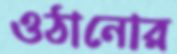
ওঠানোর